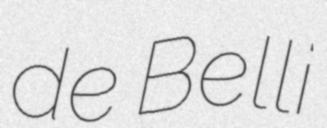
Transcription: de Belli